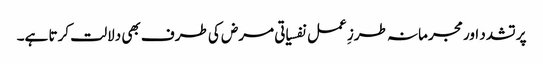
پر تشدد اور مجرمانہ طرزِ عمل نفسیاتی مرض کی طرف بھی دلالت کرتا ہے۔